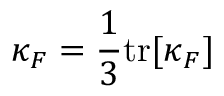
\kappa _ { \/ F } = \frac { 1 } { 3 } \mathrm { { t r } } [ \= \kappa _ { \/ F } ]